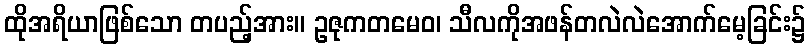
ထိုအရိယာဖြစ်သော တပည့်အား။ ဥဇုကတမေဝ၊ သီလကိုအဖန်တလဲလဲအောက်မေ့ခြင်း၌